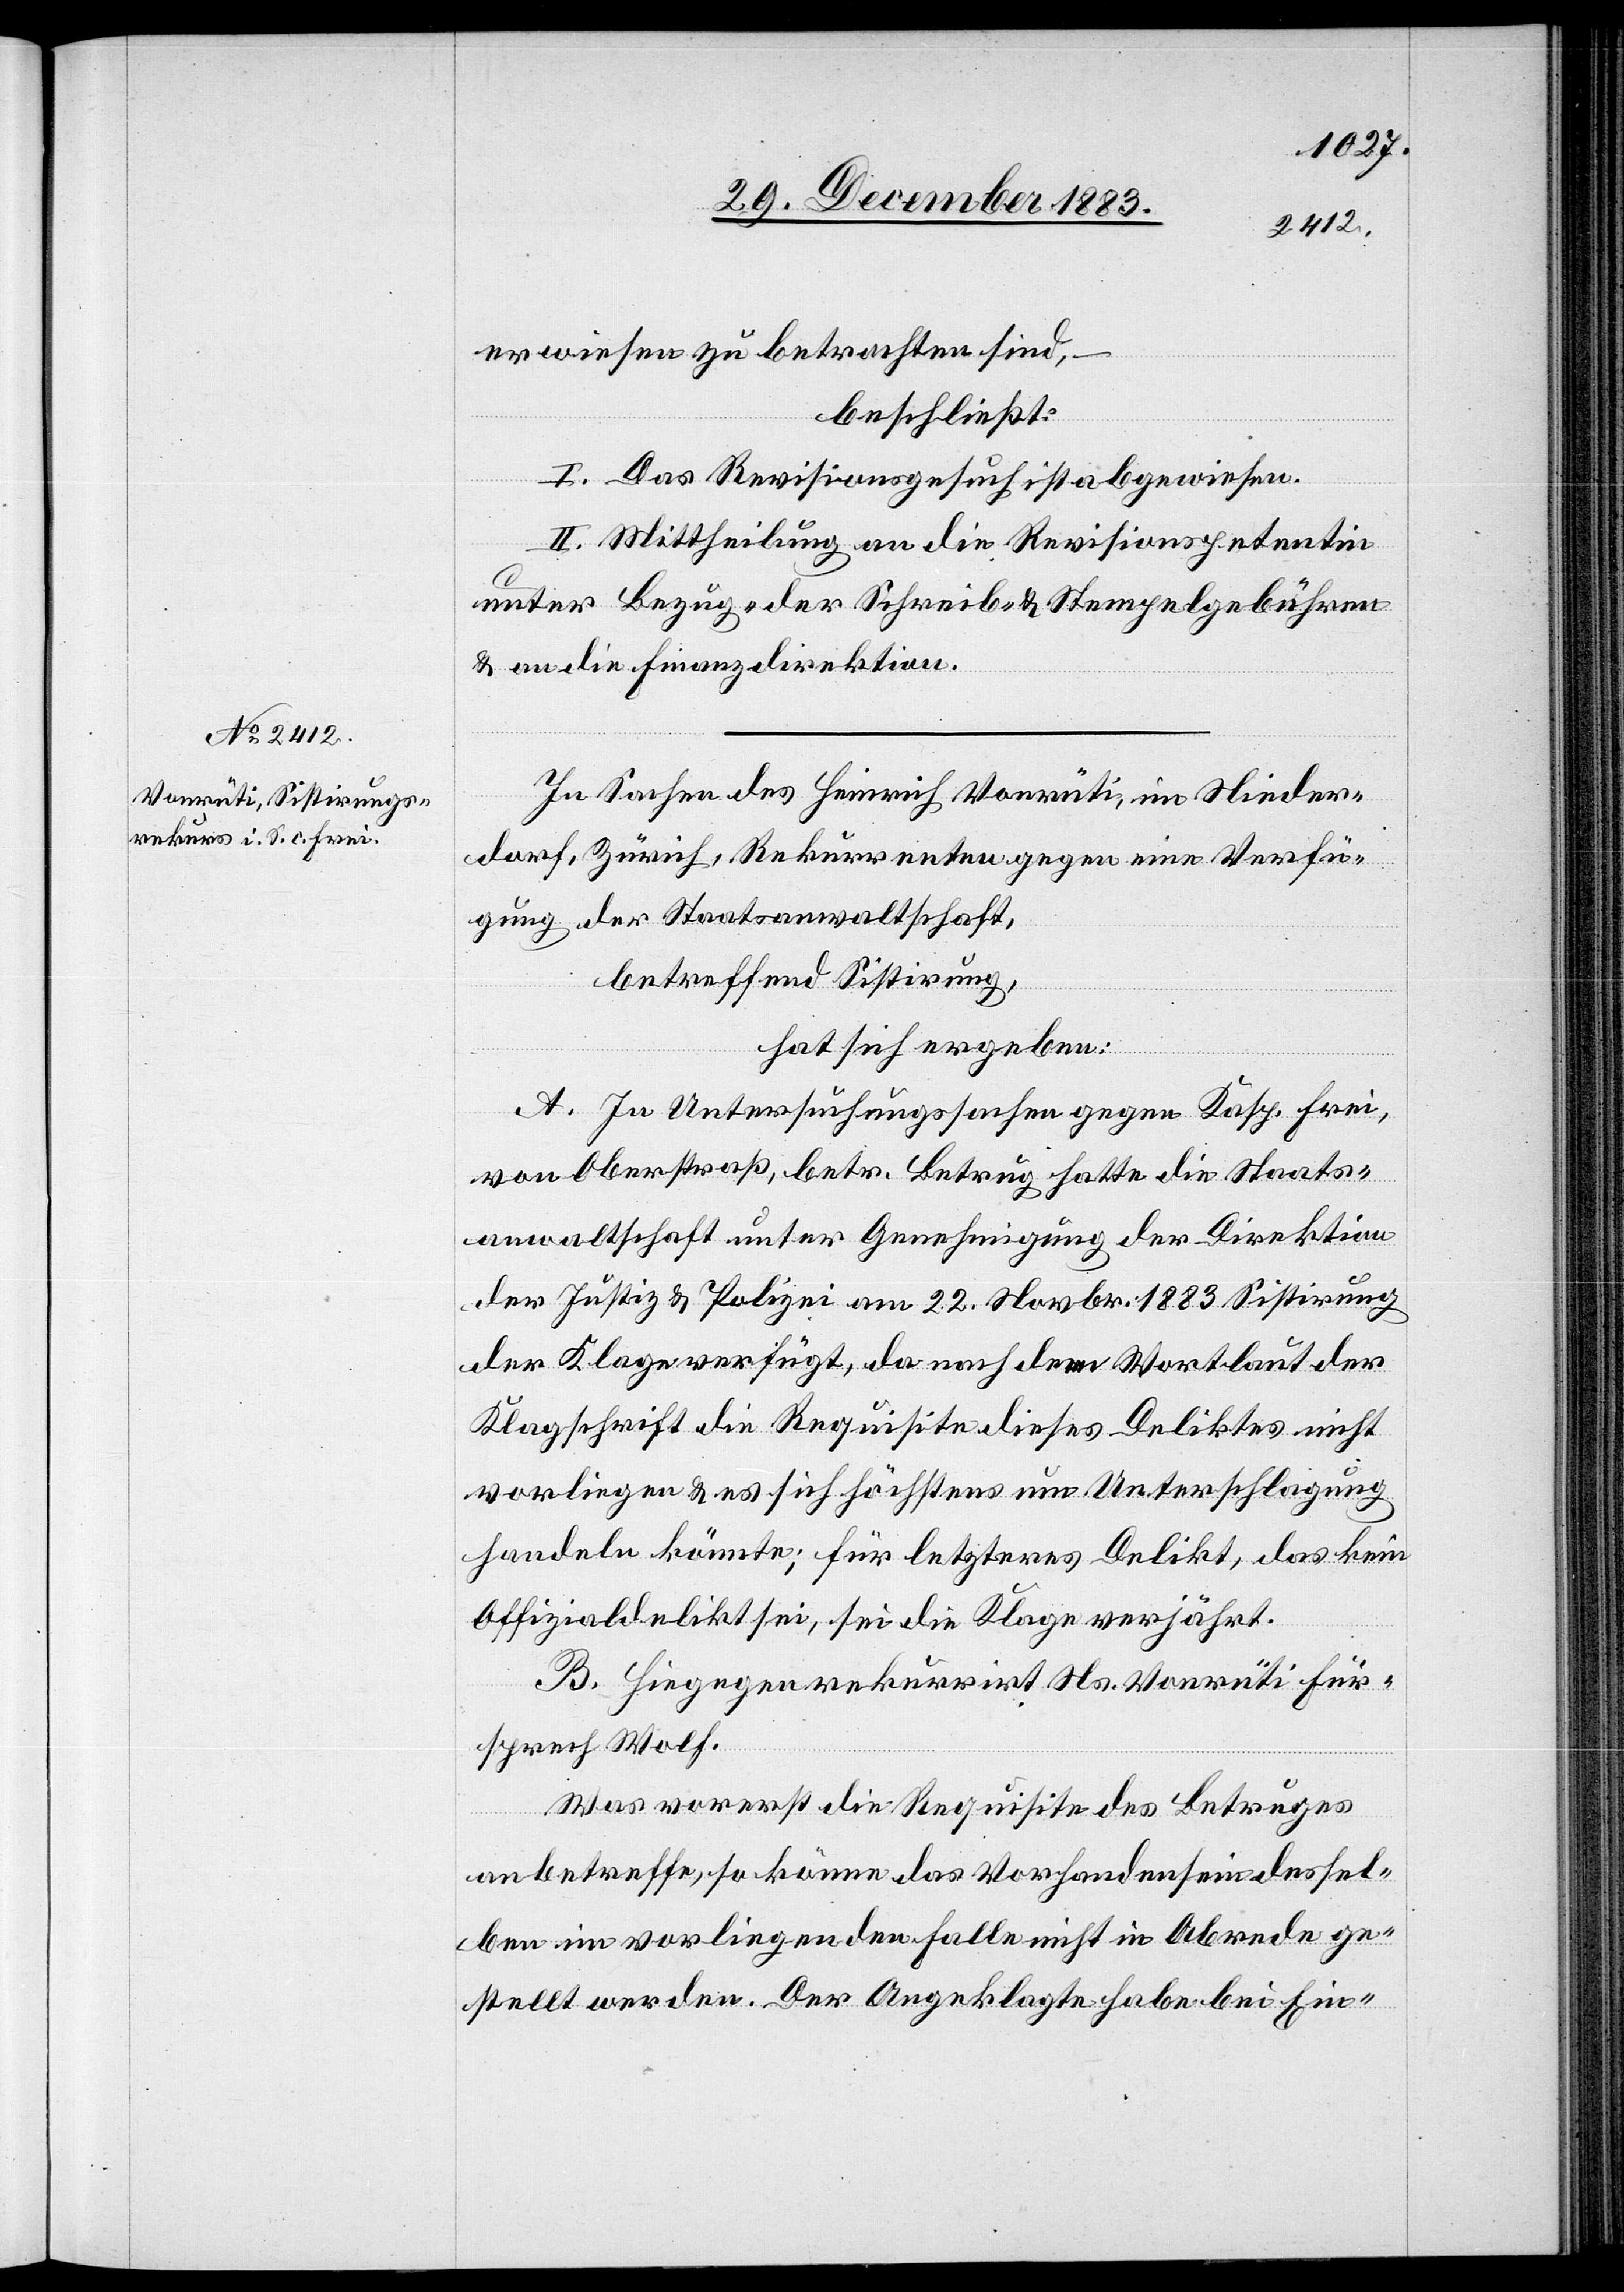
erwiesen zu betrachten sind,
beschließt:
I. Das Revisionsgesuch ist abgewiesen.
II. Mittheilung an die Revisionspetentin
unter Bezug oder Schreib - & Stempelgebühren
& an die Finanzdirektion.
In Sachen des Heinrich Vonrüti, im Nieder¬
dorf, Zürich, Rekurrenten gegen eine Verfü¬
gung der Staatsanwaltschaft,
betreffend Sistirung,
hat sich ergeben:
A. In Untersuchungssachgen gegen Kasp. Frei,
von Oberstraß, betr. Betrug hatte die Staats¬
anwaltschaft unter Genehmigung der Direktion
der Justiz & Polizei am 22. Novbr. 1883 Sistirung
der Klage verfügt, da nach dem Wortlaut der
Klageschrift die Requisite dieses Deliktes nicht
vorliegen & es sich höchstens um Unterschlagung
handeln könnte; für letzteres Delikt, das kein
Offizialdelikt sei, sei die Klage verjährt.
B. Hiegegen rekurrirt Ns. Vonrüti Für¬
sprech Wolf.
Was vorerst die Requisite des Betruges
anbetreffe, so könne das Vorhandensein dessel¬
ben im vorliegenden Falle nicht in Abrede ge¬
stellt werden. Der Angeklagte habe bei Ein-